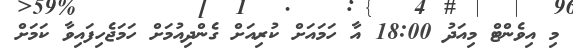
މި އިވެންޓް މިއަދު 18:00 އާ ހަމައަށް ކުރިއަށް ގެންދިއުމަށް ހަމަޖެހިފައިވާ ކަމަށް